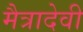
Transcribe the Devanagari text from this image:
मैत्रादेवी